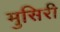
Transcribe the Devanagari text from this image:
मुसिरी